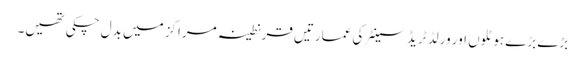
بڑے بڑے ہوٹلوں اور ورلڈ ٹریڈ سینٹر کی عمارتیں قرنطینہ مراکز میں بدل چکی تھیں۔